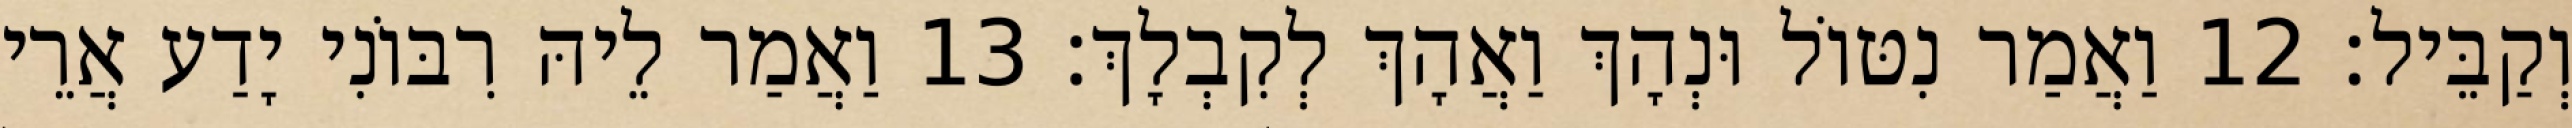
וְקַבֵּיל׃ 12 וַאֲמַר נִטּוֹל וּנְהָךְ וַאֲהָךְ לְקִבְלָךְ׃ 13 וַאֲמַר לֵיהּ רִבּוֹנִי יָדַע אֲרֵי